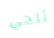
ثلجي